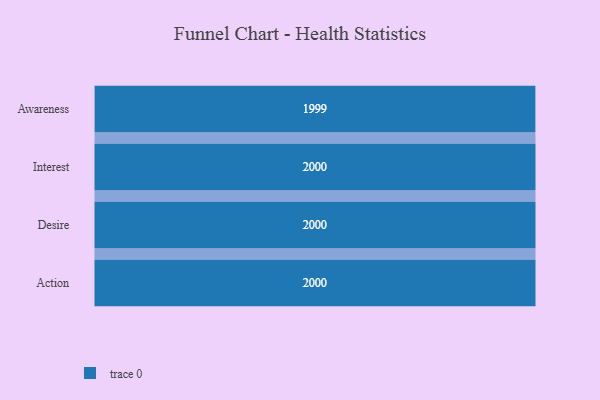
{"axis": {"x": "Stage", "y": "Value"}, "legend": [""], "data": [{"x": "Awareness", "y": 1999.0, "type": ""}, {"x": "Interest", "y": 2000, "type": ""}, {"x": "Desire", "y": 2000, "type": ""}, {"x": "Action", "y": 2000, "type": ""}]}